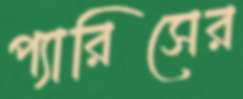
প্যারিসের